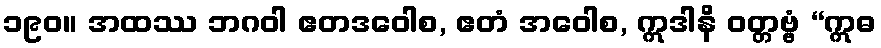
၁၉၀။ အထဿ ဘဂဝါ ဧတဒဝေါစ, ဧတံ အဝေါစ, ဣဒါနိ ဝတ္တဗ္ဗံ “ဣဓ